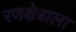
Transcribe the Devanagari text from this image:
रणक्षेत्राला